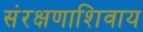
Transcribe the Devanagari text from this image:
संरक्षणाशिवाय